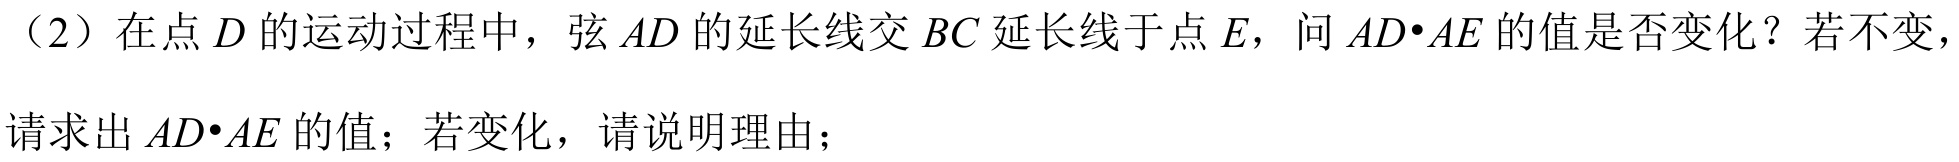
（2）在点 \(D\) 的运动过程中，弦 \(AD\) 的延长线交 \(BC\) 延长线于点 \(E\)，问 \(AD\cdot AE\) 的值是否变化？若不变，请求出 \(AD\cdot AE\) 的值；若变化，请说明理由；